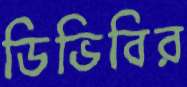
ডিভিবির